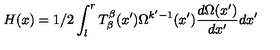
H ( x ) = 1 / 2 \int _ { l } ^ { r } T _ { \beta } ^ { \beta } ( x ^ { \prime } ) \Omega ^ { k ^ { \prime } - 1 } ( x ^ { \prime } ) \frac { d \Omega ( x ^ { \prime } ) } { d x ^ { \prime } } d x ^ { \prime }